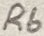
Text: R6